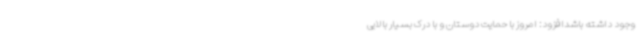
وجود داشته باشدافزود: امروز با حمایت دوستان و با درک بسیار بالایی